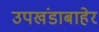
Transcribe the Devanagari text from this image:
उपखंडाबाहेर